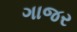
ગાજર